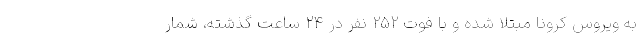
به ویروس کرونا مبتلا شده و با فوت ۲۵۲ نفر در ۲۴ ساعت گذشته، شمار